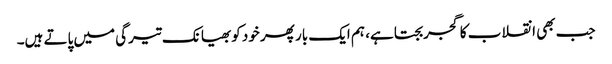
جب بھی انقلاب کا گجر بجتا ہے، ہم ایک بار پھر خود کوبھیانک تیرگی میں پاتے ہیں۔